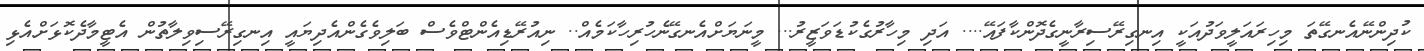
ކުދިންނޭއެނގޭތަ މިހިރައަލީވަދުއަކީ އިނގިރޭސިރާނީގެދޮންކާފައޭ.... އަދި މިހާރުގެކުޑަވަޒީރު... މީނަޔަށްއެނގޭނެހުރިހާކަމެއް.. ނިއުރޭޑިއެންޓްވެސް ބަލިވެގެންއެދިޔައީ އިނގިރޭސިވިލާތުން އެޓީމާދެކޮޅަށްއެޅި